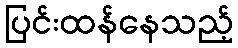
ပြင်းထန်နေသည့်